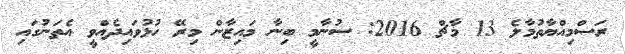
ރަސްމިއްޔާތުމާލެ 13 މާޗް 2016: ސުނާމީ ބިނާ މައިޒާން މިރޭ ހުޅުވައިދެއްވީ އެތަނުގައި